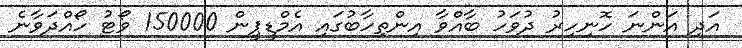
އަދި އަންނަ ހޮނިހިރު ދުވަހު ބާއްވާ އިންތިހާބުގައި އެމްޑީޕީން 150000 ވޯޓު ހޯއްދަވާނެ